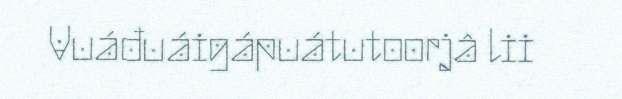
Vuáđuáigápuátutoorjâ lii